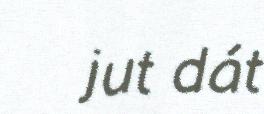
jut dát